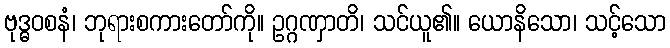
ဗုဒ္ဓဝစနံ၊ ဘုရားစကားတော်ကို။ ဥဂ္ဂဏှာတိ၊ သင်ယူ၏။ ယောနိသော၊ သင့်သော